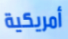
أمريكية